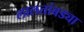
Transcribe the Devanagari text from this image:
लालतांबड्या